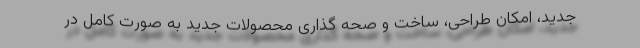
جدید، امکان طراحی، ساخت و صحه گذاری محصولات جدید به صورت کامل در